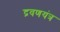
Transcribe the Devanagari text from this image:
द्रवणयंत्र